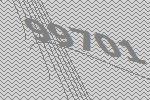
99701